Latin Pronunciation, 1907
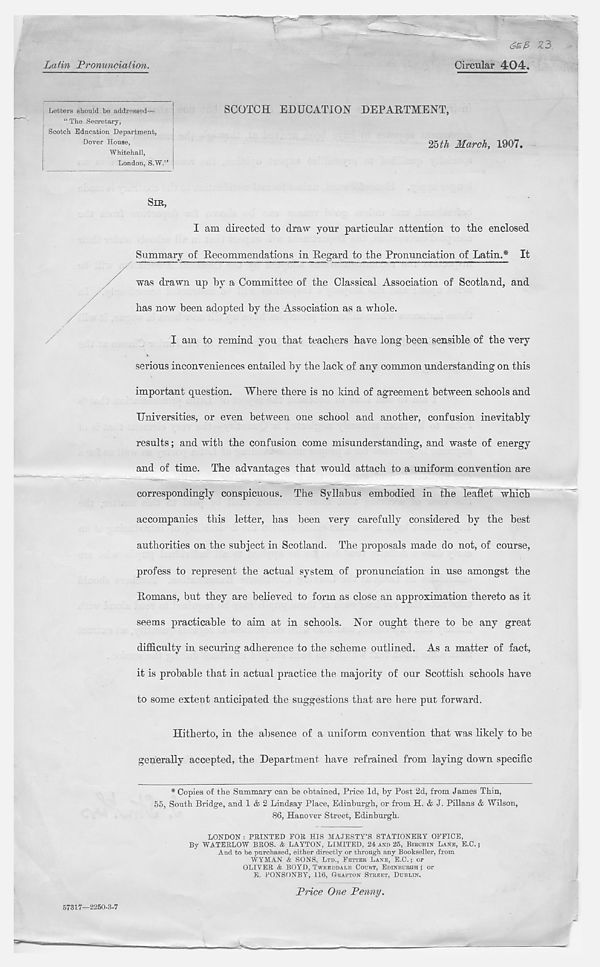
6Z& Z3.
Latin Pronunciation.
Circular 404.
Letters should be addressed—
“ The Secretary,
Scotch Education Department,
Dover House,
Whitehall,
London, S.W.”
SCOTCH EDUCATION DEPARTMENT,
25 ^ March, 1907.
SIR,
I am directed to draw your particular attention to the enclosed
Summary of Recommendations in Regard to the Pronunciation of Latin.* It
was drawn up by a Committee of the Classical Association of Scotland, and
has now been adopted by the Association as a whole.
I am to remind you that teachers have long been sensible of the very
serious inconveniences entailed by the lack of any common understanding on this
important question. Where there is no kind of agreement between schools and
Universities, or even between one school and another, confusion inevitably
results; and with the confusion come misunderstanding, and waste of energy
and of time. The advantages that would attach to a uniform convention are
correspondingly conspicuous. The Syllabus embodied in the leaflet which
accompanies this letter, has been very carefully considered by the best
authorities on the subject in Scotland, The proposals made do not, of course,
profess to represent the actual system of pronunciation in use amongst the
Romans, but they are believed to form as close an approximation thereto as it
seems practicable to aim at in schools. Nor ought there to be any great
difficulty in securing adherence to the scheme outlined. As a matter of fact,
it is probable that in actual practice the majority of our Scottish schools have
to some extent anticipated the suggestions that are here put forward.
Hitherto, in the absence of a uniform convention that was likely to be
generally accepted, the Department have refrained from laying down specific
* Copies of the Summary can be obtained, Price Id, by Post 2d, from James Thin,
55, South Bridge, and 1 & 2 Lindsay Place, Edinburgh, or from H. & J. Pillans & Wilson,
86, Hanover Street, Edinburgh.
LONDON : PRINTED FOR HIS MAJESTY’S STATIONERY OFFICE,
By WATERLOW BROS. & LAYTON, LIMITED, 24 AND 25, BIBCHIN LANE, E.C.;
And to be purchased, either directly or through any Bookseller, from
WYMAN & SONS, LTD., FETTER LANE, E.C.; or
OLIVER & BOYD, TWEEDDALE COURT, EDINBURGH ; or
E. PONSONBY, 116, GRAFTON STREET, DUBLIN.
57317—2250-8-7
Price One Penny.